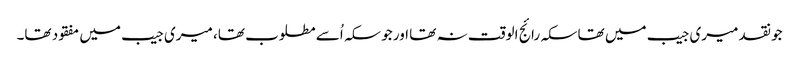
جو نقد میری جیب میں تھا سکہ رائج الوقت نہ تھا اور جو سکہ اُسے مطلوب تھا، میری جیب میں مفقود تھا۔